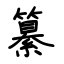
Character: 纂